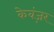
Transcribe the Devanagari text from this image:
केवंज़र